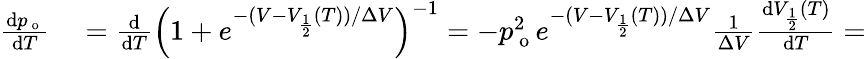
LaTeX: \begin{array}{rl}{\frac{\mathrm{d}p_{\mathrm{~o~}}}{\mathrm{d}T}}&{{}=\frac{\mathrm{d}}{\mathrm{d}T}\left(1+e^{-(V-V_{\frac{1}{2}}(T))/\Delta V}\right)^{-1}=-p_{\mathrm{~o~}}^{2}e^{-(V-V_{\frac{1}{2}}(T))/\Delta V}\frac{1}{\Delta V}\frac{\mathrm{d}V_{\frac{1}{2}}(T)}{\mathrm{d}T}=}\end{array}